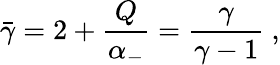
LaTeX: \bar{\gamma}=2+{\frac{Q}{\alpha_{-}}}={\frac{\gamma}{\gamma-1}}\ ,